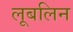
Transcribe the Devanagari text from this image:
लूबलिन